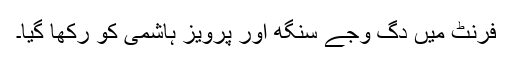
فرنٹ میں دگ وجے سنگھ اور پرویز ہاشمی کو رکھا گیا۔